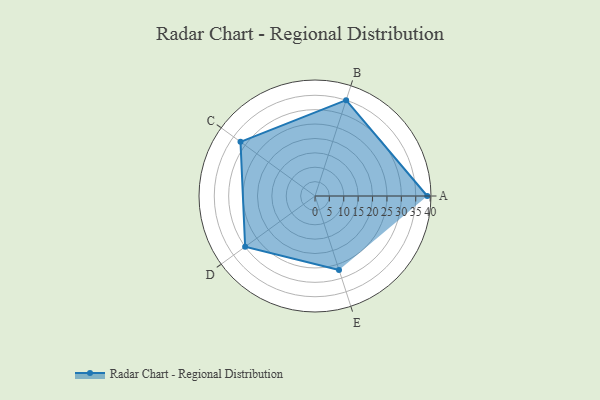
{"axis": {"x": "Skill", "y": "Score"}, "legend": ["Profile"], "data": [{"x": "A", "y": 39.0, "type": "Profile"}, {"x": "B", "y": 35.0, "type": "Profile"}, {"x": "C", "y": 32.0, "type": "Profile"}, {"x": "D", "y": 30.0, "type": "Profile"}, {"x": "E", "y": 27.0, "type": "Profile"}]}